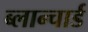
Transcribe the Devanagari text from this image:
ब्लान्चार्ड